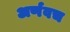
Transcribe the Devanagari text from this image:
अर्णवच